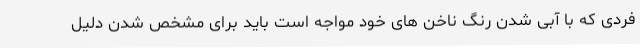
فردی که با آبی شدن رنگ ناخن های خود مواجه است باید برای مشخص شدن دلیل